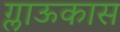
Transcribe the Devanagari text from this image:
ग्लाऊकास